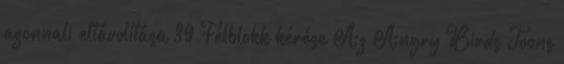
azonnali eltávolítása 39 Félblokk kérése Az Angry Birds Toons